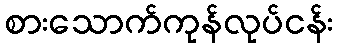
စားသောက်ကုန်လုပ်ငန်း